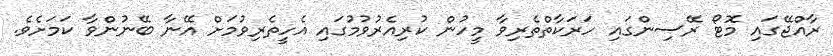
ރާއްޖޭގައި މޮޓޯ ރޭސިންގައި ހަރަކާތްތެރިވާ މީހުން ކުރިއެރުވުމުގައި އެހީތެރިވުމަށް އޭނާ ބޭނުންވާ ކަމަށެވެ.